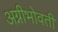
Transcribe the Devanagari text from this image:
अग्नीभोवती